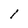
Character: l